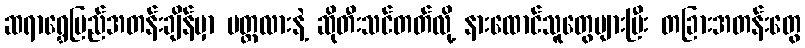
ဆရာရွှေပြည်အတန်းချိန်မှာ ပတ္တလားနဲ့ ဆိုတီးသင်တတ်လို့ နားထောင်သူတွေများပြီး တခြားအတန်းတွေ